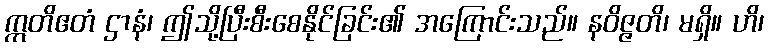
ဣတိဧတံ ဌာနံ၊ ဤသို့ပြီးစီးစေနိုင်ခြင်း၏ အကြောင်းသည်။ နဝိဇ္ဇတိ၊ မရှိ။ ဟိ၊